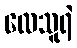
လေသူရဲ